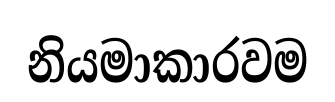
නියමාකාරවම